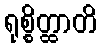
ရုစ္စိတ္ထာတိ